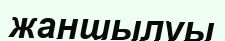
жаншылуы